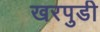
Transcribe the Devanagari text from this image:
खरपुडी